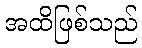
အထိဖြစ်သည်